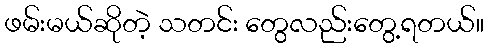
ဖမ်းမယ်ဆိုတဲ့ သတင်း တွေလည်းတွေ့ရတယ်။